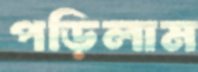
পড়িলাম